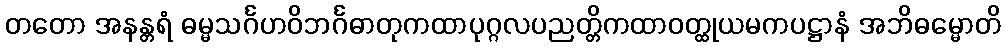
တတော အနန္တရံ ဓမ္မသင်္ဂဟဝိဘင်္ဂဓာတုကထာပုဂ္ဂလပညတ္တိကထာဝတ္ထုယမကပဋ္ဌာနံ အဘိဓမ္မောတိ